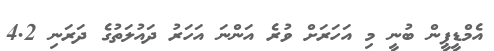
އެމްޑީޕީން ބުނީ މި އަހަރަށް ވުރެ އަންނަ އަހަރު ދައުލަތުގެ ދަރަނި 4.2